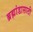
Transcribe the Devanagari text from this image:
ब्रह्मांडासाठी